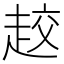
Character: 𧻨